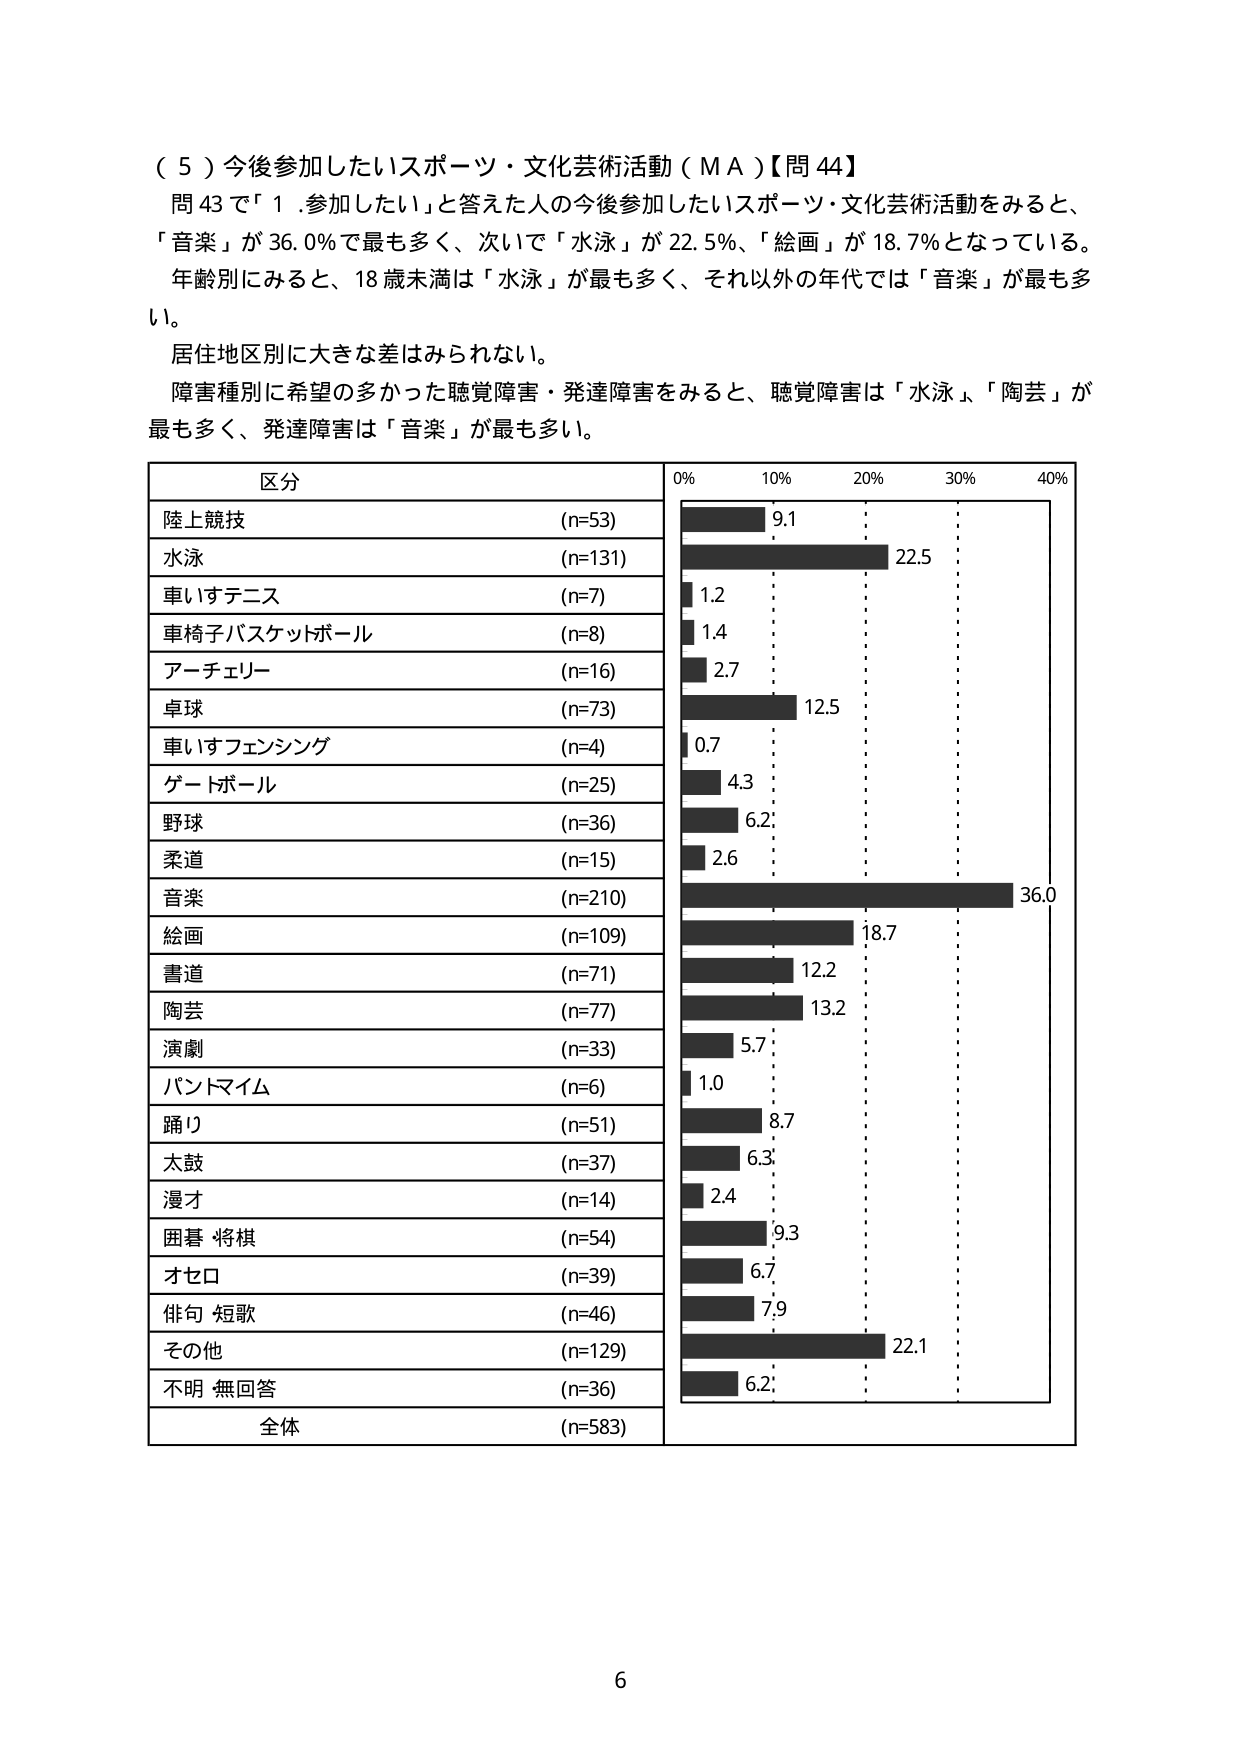
（５）今後参加したいスポーツ・文化芸術活動（ＭＡ）【問44】
問43で「１．参加したい」と答えた人の今後参加したいスポーツ・文化芸術活動をみると、
「音楽」が36.0％で最も多く、次いで「水泳」が22.5％、「絵画」が18.7％となっている。
年齢別にみると、18歳未満は「水泳」が最も多く、それ以外の年代では「音楽」が最も多い。
居住地区別に大きな差はみられない。
障害種別に希望の多かった聴覚障害・発達障害をみると、聴覚障害は「水泳」、「陶芸」が
最も多く、発達障害は「音楽」が最も多い。

区分
陸上競技 (n=53)
水泳 (n=131)
車いすテニス (n=7)
車椅子バスケットボール (n=8)
アーチェリー (n=16)
卓球 (n=73)
車いすフェンシング (n=4)
ゲートボール (n=25)
野球 (n=36)
柔道 (n=15)
音楽 (n=210)
絵画 (n=109)
書道 (n=71)
陶芸 (n=77)
演劇 (n=33)
パントマイム (n=6)
踊り (n=51)
太鼓 (n=37)
漫才 (n=14)
囲碁 将棋 (n=54)
オセロ (n=39)
俳句 短歌 (n=46)
その他 (n=129)
不明 無回答 (n=36)
全体 (n=583)

0% 10% 20% 30% 40%
9.1
22.5
1.2
1.4
2.7
12.5
0.7
4.3
6.2
2.6
36.0
18.7
12.2
13.2
5.7
1.0
8.7
6.3
2.4
9.3
6.7
7.9
22.1
6.2

6